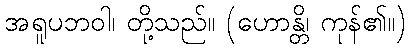
အရူပဘဝါ၊ တို့သည်။ (ဟောန္တိ၊ ကုန်၏။)